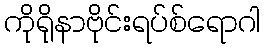
ကိုရိုနာဗိုင်းရပ်စ်ရောဂါ